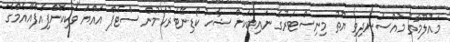
މައުލޫމާތު މުއްސަނދިވި ޔޫތު މިނިސްޓަރުގެ ނައިބަކަށް ޝާހު ކޯޑިނޭޓަރުކަމުން ސްޓެޕް އައްޔަ ވަކިކޮށްފިއެފްއޭއެމްގެ